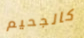
كالجحيم